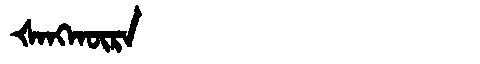
Manchu: ᡧᠠᠩᡴᡡᡵᠠ
Romanization: ŠANGKŪRA